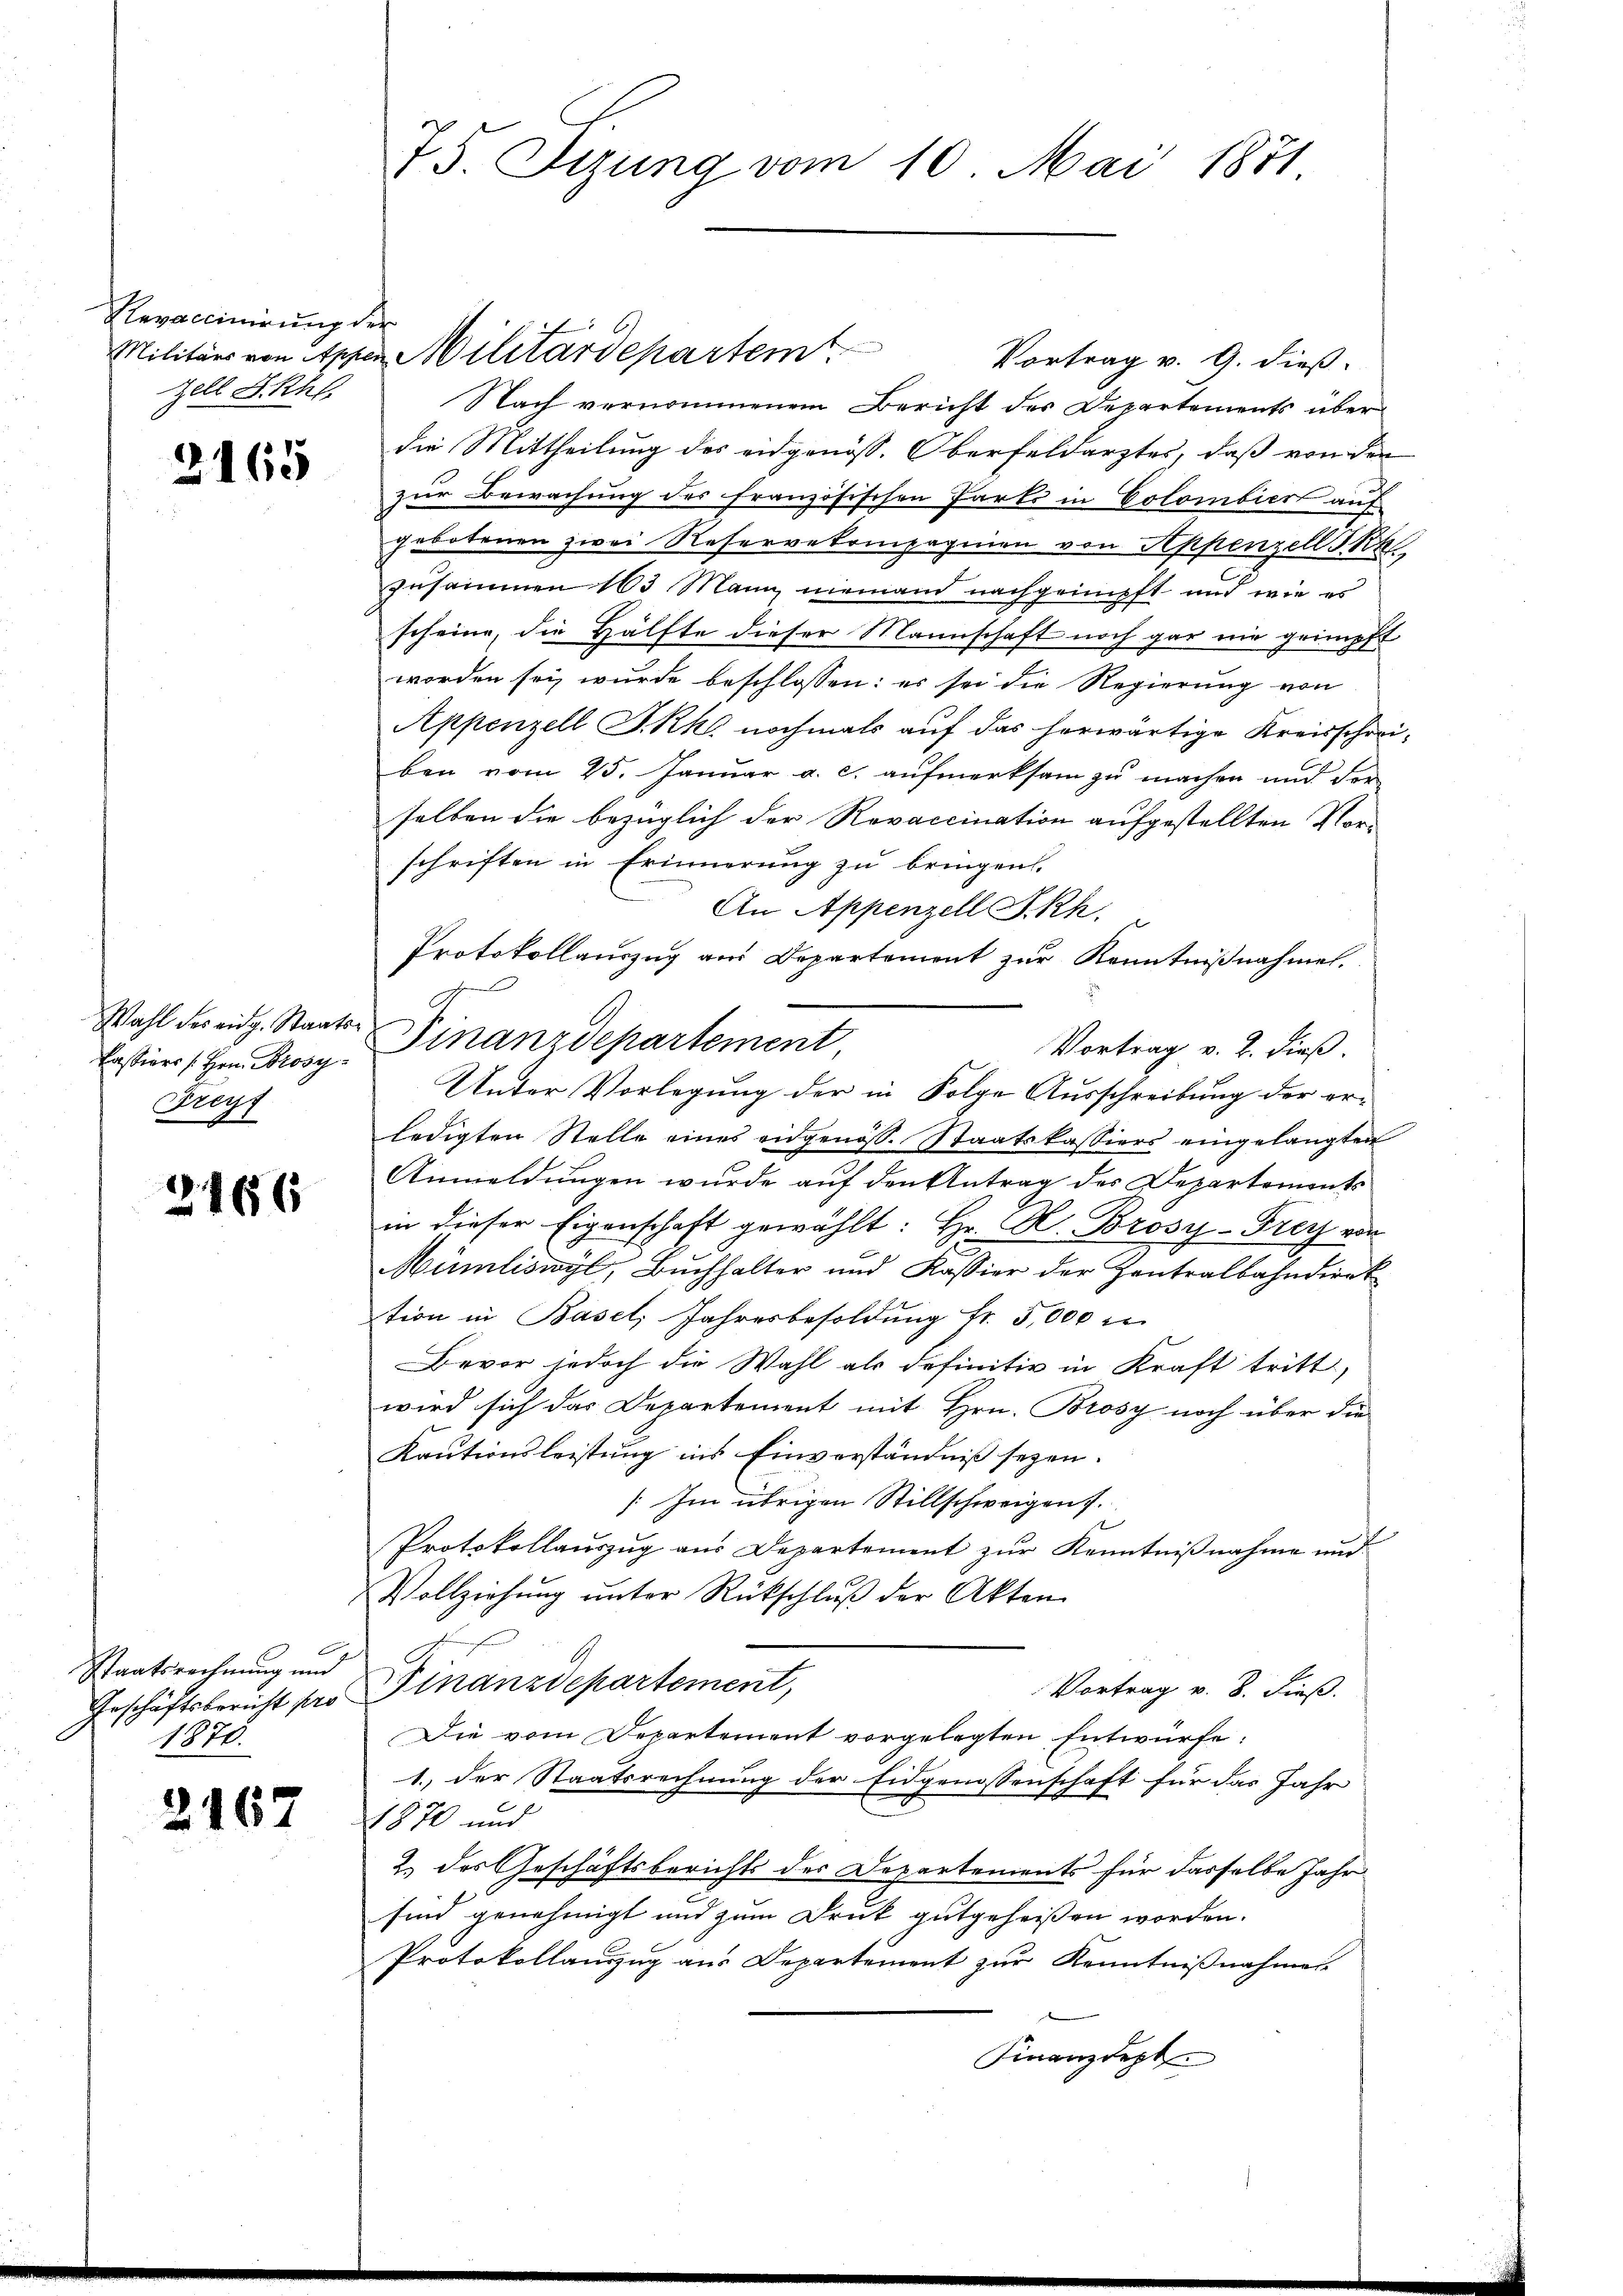
Revaccinirung der
Zell I.Rh.

2165

Wahl des eidg. Staats¬
Passiers Hrn. Prosy¬
Freyz

2166

Staatsrechnung und
Geschäftsbericht pro
1870.

2167

75. Sitzung vom 10. Mai 1871

Vortrag v. G. dieß¬
Nach vernommenem Bericht des Departements über
die Mittheilung des eidgenöss. Oberfeldarztes, daß von den
zur Bewachung des französischen Parks in Colombiert auf
gebotenen zwei Reservetompagnien von Appenzell Sta
zusammen 163 Mann niemand nachgrimpft und wie es
scheine, die Hälfte dieser Mannschaft noch gar nie geimpft
worden sei, wurde beschlossen: es sei die Regierung von
Appenzell I.-Rk. nochmals auf das herwärtige Kreisschreiben vom 25. Januar a. c. aufmerksam zu machen und der
selben die bezüglich der Revaccination aufgestellten Vorschriften in Erinnerung zu bringen.
An Appenzell A.Rh.
Protokollauszug am Departement zur Kenntnißnahmen.
Finanzdepartement
ledigten Stelle eines eidgenöss. Staatskassiers eingelangten
Anmeldungen wurde auf den Antrag des Departements
in dieser Eigenschaft gewählt: Hr. H. Brosy-Frey ein
Mümliswyl, Buchhalter und Kassier der Hantralbahndirek
tion in Basel, Jahresbesoldŭng fr. 5,000
Bevor jedoch die Wahl als definitiv in Kraft tritt,
wird sich das Departement mit Hrn. Brosy noch über die
Kautionsleistung ins Einverständniß seyen.
Im übrigen Stillschweigen.
Protokollauszug aus Departement zur Kenntnißnahme und
Vollziehŭng ŭnter Rückschlŭβ der Akten
Finanzdepartement,
Vortrag v. 8. dieß.
Die vom Departement vorgelegten Entwürfe:
1. der Staatsrechnung der Eidgenossenschaft für das Jahr
1870 und
2.) das Geschäftsberichts des Departements für dasselbe Jahr
sind genehmigt und zum Druk gutgeheissen worden.
Protokollauszug aus Departement zur Kenntnißnahme
Finanzdept

Militärs von Appen Militärdepartemt

Unter Vorlegung der in Folge Ausschreibung der er¬

Vortrag v. 2. dieß.